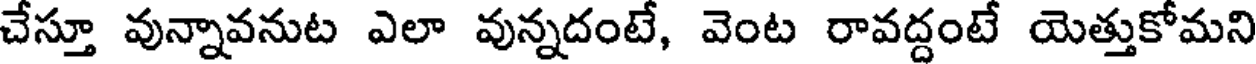
చేస్తూ వున్నావనుట ఎలా వున్నదంటే, వెంట రావద్దంటే యెత్తుకోమని